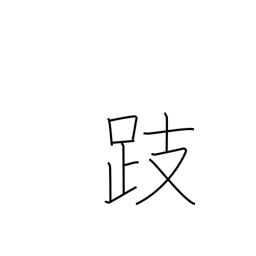
Meaning: stand on tiptoes